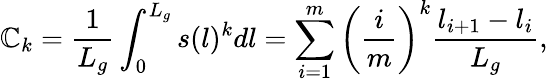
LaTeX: \mathbb{C}_{k}=\frac{{1}}{{L_{g}}}\int_{0}^{L_{g}}s(l)^{k}dl=\sum_{i=1}^{m}\left(\frac{{i}}{{m}}\right)^{k}\frac{{l_{i+1}-l_{i}}}{{L_{g}}},